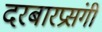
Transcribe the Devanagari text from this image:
दरबारप्रसंगी